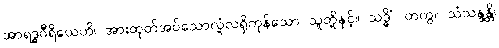
အာရဒ္ဓဝီရိယေဟိ၊ အားထုတ်အပ်သောလုံ့လရှိကုန်သော သူတို့နှင့်။ သဒ္ဓိံ၊ တကွ။ သံသန္ဒန္တိ၊